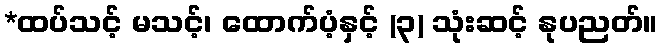
*ထပ်သင့် မသင့်၊ ထောက်ပံ့နှင့် (၃) သုံးဆင့် နုပညတ်။